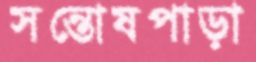
সন্তোষপাড়া